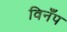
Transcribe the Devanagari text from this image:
विनँप